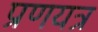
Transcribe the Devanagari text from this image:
प्रणयत्र